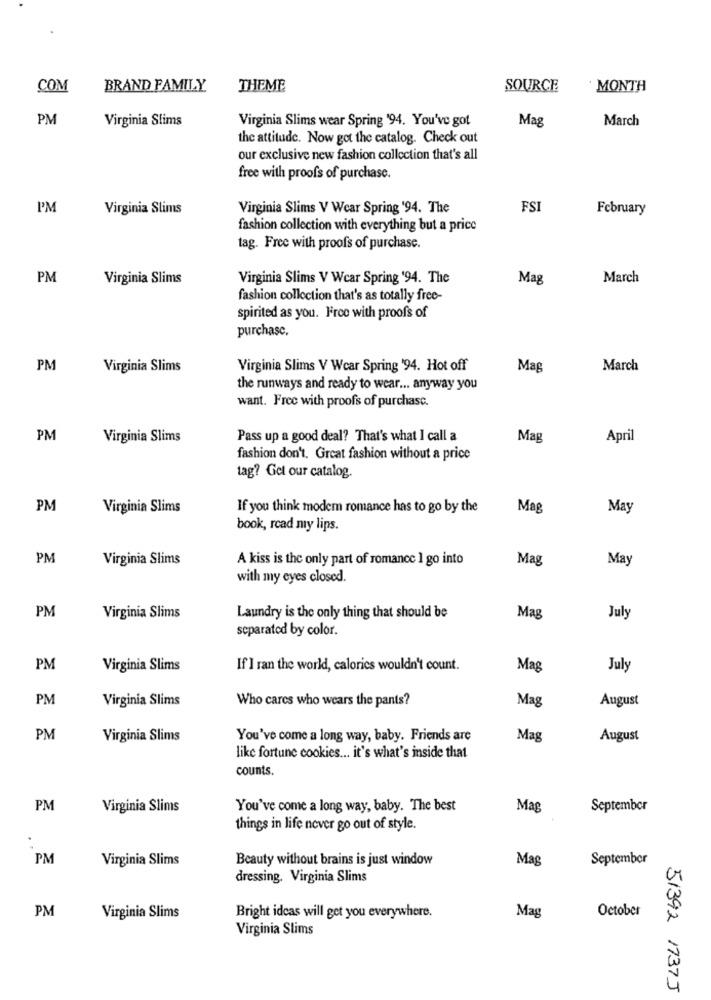
COM
BRAND FAMILY
THEME
SOURCE
MONTH
PM
Virginia Slims
Virginia Slims wear Spring '94. You've got
Mag
March
the attitude. Now got the catalog. Check out
our exclusive new fashion collection that's all
free with proofs of purchase.
I'M
Virginia Slims
Virginia Slims V Wear Spring '94. The
FSI
February
fashion collection with everything but a price
tag. Free with proofs of purchase.
PM
Virginia Slims
Virginia Slims V Wcar Spring '94. The
Mag
March
fashion collection that's as totally free-
spirited as you. Free with proofs of
purchase.
PM
Virginia Slims
Virginia Slims V Wcar Spring '94. Hot off
Mag
March
the runways and ready to wear ... anyway you
want. Free with proofs of purchase.
PM
Virginia Slims
Pass up a good deal? That's what I call a
Mag
April
fashion don't. Great fashion without a price
tag? Gel our catalog.
PM
Virginia Slims
If you think modem romance has to go by the
Mag
May
book, rcad my lips.
PM
Virginia Slims
A kiss is the only part of romance 1 go into
Mag
May
with my eyes closed.
PM
Virginia Slims
Laundry is the only thing that should be
Mag
July
separated by color.
PM
Virginia Slims
If I ran the world, calories wouldn't count.
Mag
July
PM
Virginia Slims
Who cares who wears the pants?
Mag
August
PM
Virginia Slims
You've come a long way, baby. Friends are
Mag
August
like fortune cookies ... it's what's inside that
counts.
PM
Virginia Slims
You've come a long way, baby. The best
Mag
September
things in life never go out of style.
.
PM
Virginia Slims
Beauty without brains is just window
Mag
September
dressing. Virginia Slims
PM
October
Virginia Slims
Bright idcas will get you everywhere.
Mag
Virginia Slims
51392 1737J